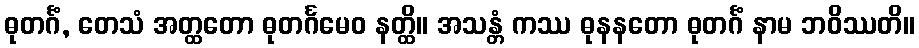
ဓုတင်္ဂံ, တေသံ အတ္ထတော ဓုတင်္ဂမေဝ နတ္ထိ။ အသန္တံ ကဿ ဓုနနတော ဓုတင်္ဂံ နာမ ဘဝိဿတိ။